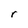
Character: r